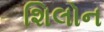
શિલોન